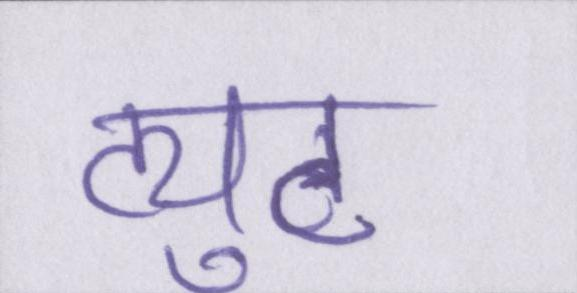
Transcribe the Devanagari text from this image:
ट्युट